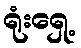
ရုံးရှေ့